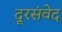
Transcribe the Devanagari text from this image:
दूरसंवेद